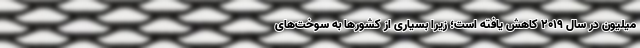
میلیون در سال ۲۰۱۹ کاهش یافته است؛ زیرا بسیاری از کشورها به سوخت‌های